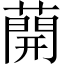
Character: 𦼠